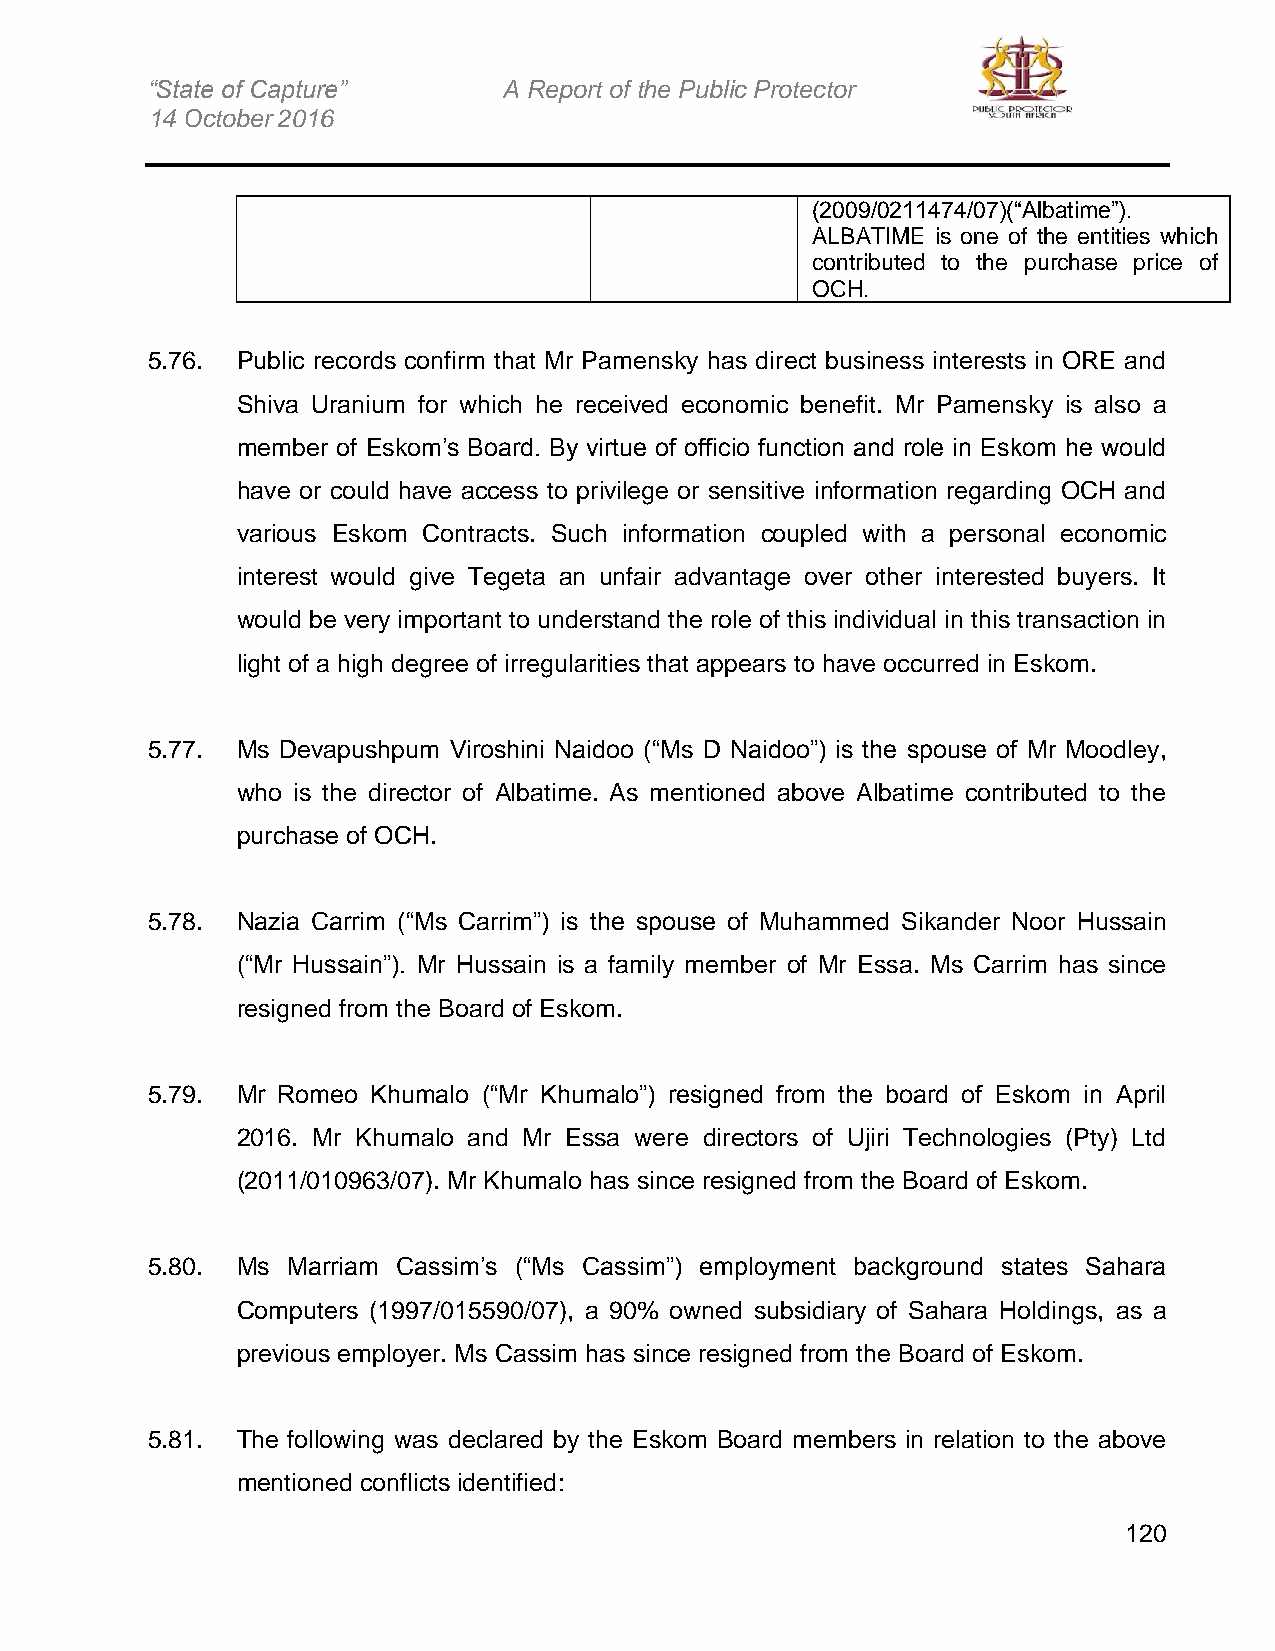
“State of Capture”     A Report of the Public Protector
 14 October 2016
 (2009/0211474/07)(“Albatime”).
 ALBATIME is one of the entities which
 contributed to the purchase price of
 OCH.
 5.76. Public records confirm that Mr Pamensky has direct business interests in ORE and
 Shiva Uranium for which he received economic benefit. Mr Pamensky is also a
 member of Eskom’s Board. By virtue of officio function and role in Eskom he would
 have or could have access to privilege or sensitive information regarding OCH and
 various Eskom Contracts. Such information coupled with a personal economic
 interest would give Tegeta an unfair advantage over other interested buyers. It
 would be very important to understand the role of this individual in this transaction in
 light of a high degree of irregularities that appears to have occurred in Eskom.
 5.77. Ms Devapushpum Viroshini Naidoo (“Ms D Naidoo”) is the spouse of Mr Moodley,
 who is the director of Albatime. As mentioned above Albatime contributed to the
 purchase of OCH.
 5.78. Nazia Carrim (“Ms Carrim”) is the spouse of Muhammed Sikander Noor Hussain
 (“Mr Hussain”). Mr Hussain is a family member of Mr Essa. Ms Carrim has since
 resigned from the Board of Eskom.
 5.79. Mr Romeo Khumalo (“Mr Khumalo”) resigned from the board of Eskom in April
 2016. Mr Khumalo and Mr Essa were directors of Ujiri Technologies (Pty) Ltd
 (2011/010963/07). Mr Khumalo has since resigned from the Board of Eskom.
 5.80. Ms Marriam Cassim’s (“Ms Cassim”) employment background states Sahara
 Computers (1997/015590/07), a 90% owned subsidiary of Sahara Holdings, as a
 previous employer. Ms Cassim has since resigned from the Board of Eskom.
 5.81. The following was declared by the Eskom Board members in relation to the above
 mentioned conflicts identified:
 120